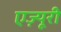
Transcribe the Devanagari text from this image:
एज़्यूरी